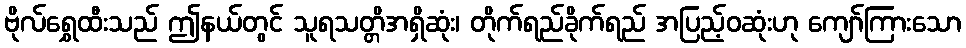
ဗိုလ်ရွှေထီးသည် ဤနယ်တွင် သူရသတ္တိအရှိဆုံး၊ တိုက်ရည်ခိုက်ရည် အပြည့်ဝဆုံးဟု ကျော်ကြားသော